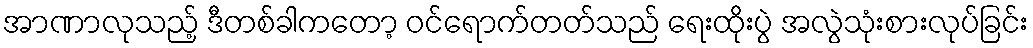
အာဏာလုသည့် ဒီတစ်ခါကတော့ ဝင်ရောက်တတ်သည် ရေးထိုးပွဲ အလွဲသုံးစားလုပ်ခြင်း